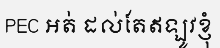
PEC អត់ ដល់តែឥឡូវខ្ញុំ